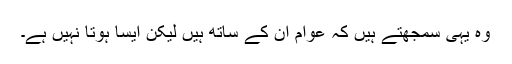
وہ یہی سمجھتے ہیں کہ عوام ان کے ساتھ ہیں لیکن ایسا ہوتا نہیں ہے۔